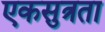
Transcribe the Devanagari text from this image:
एकसुत्रता